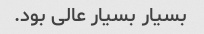
بسیار بسیار عالی بود.